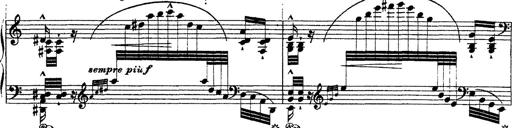
Title: Ã‰tudes d'exÃ©cution transcendante d'aprÃ¨s Paganini
Composer: Franz Liszt